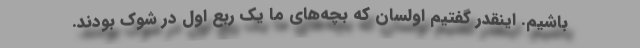
باشیم. اینقدر گفتیم اولسان که بچه‌های ما یک ربع اول در شوک بودند.